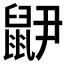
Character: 𲎝